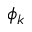
\phi _ { k }